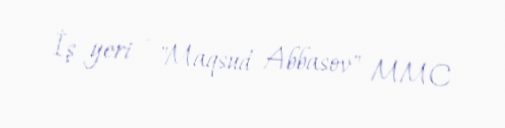
İş yeri - "Maqsud Abbasov" MMC